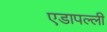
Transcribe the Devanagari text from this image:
एडापल्ली